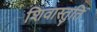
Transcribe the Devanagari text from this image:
शिवास्तुति